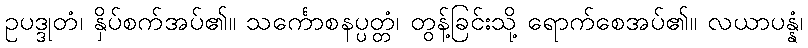
ဥပဒ္ဒုတံ၊ နှိပ်စက်အပ်၏။ သင်္ကောစနပ္ပတ္တံ၊ တွန့်ခြင်းသို့ ရောက်စေအပ်၏။ လယာပန္နံ၊